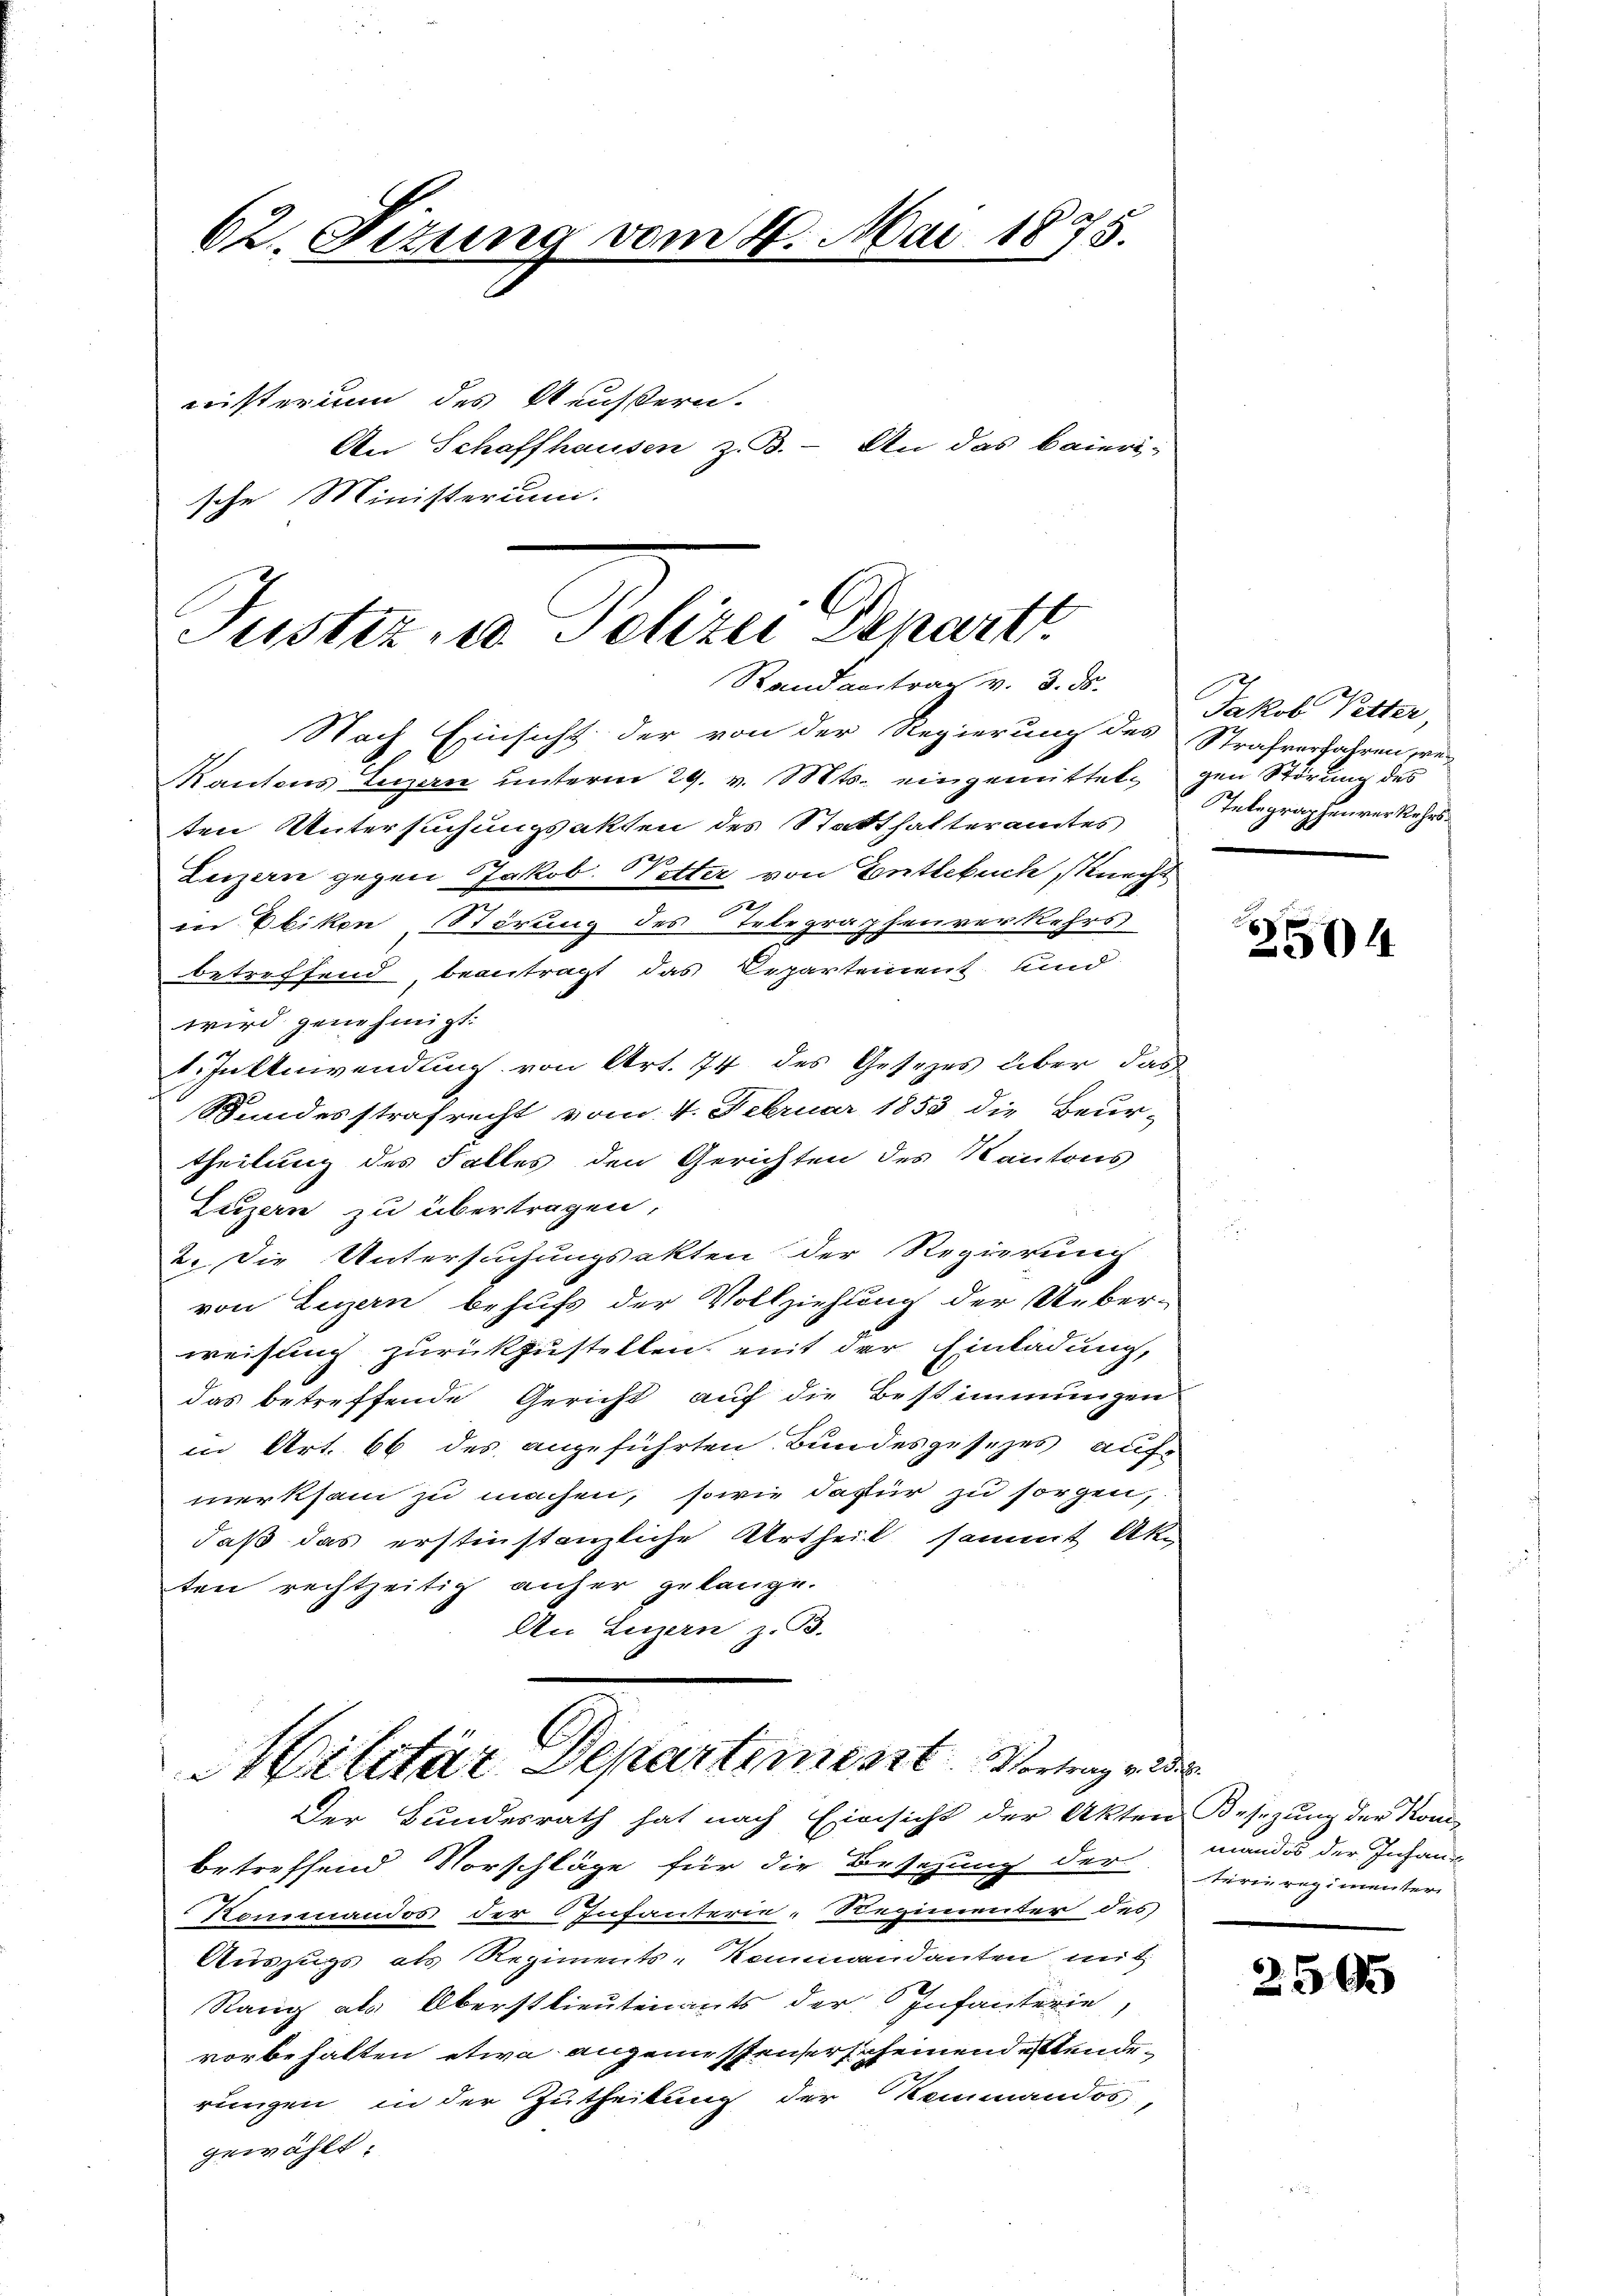
62. Sizung vom 4. Mai 1875.
wisterium des Aeußern.
An Schaffhausen z.B. - An das Baieri¬

sche Ministerium.

Jüster in Polizei Depart
Randantrag v. 3. ds. Jakob Vetter,

Nach Einsicht der von der Regierung des Strafverfahren re-
Kantons Luzern unterm 29. v. Mts. eingemittel gen Störung des
ten Untersuchungsakten des Statthalteramtes
Luzern gegen Jakob. Vetter von Entlebuch, Knechs
in Ebikon Störung des Telegraphenverkehrs
betreffend beantragt das Departement und
wird genehmigt.
1. Juliniendung von Art. 74 des Gesezes über das
Bundesstrafrecht vom 4. Februar 1853 die Beur-
theilung des Falles den Gerichten des Kantons
Luzern zu übertragen,
2. Die Untersuchungsakten der Regierung
von Luzern behufs der Vollziehung der Ueberweisung zurückzustellen, mit der Einladung,
das betreffende Gericht auf die Bestimmungen
in Art. 66 des angeführten Bundesgesezes auf-
merksam zu machen, sowie dafür zu sorgen,
daß das erstinstanzliche Urtheil sammt Akten rechtzeitig anher gelange.
An Luzern z. B.

Militar Departement Vertrage der
Der Bundesrath hat nach Einsicht der Akten Besezung der Kom¬

betreffend Vorschläge für die Besetzung der
Rommandos der Infanterie-Regimenter des
Auszugs als Regiments-Kommandanten mit
Rang als Oberstlieutenants der Infanterie,
vorbehalten etwa angenissener scheinend ebenderungen in der Zutheilung der Remmandos,
gewählt:

Telegraphenverkehrs¬

e
2504

mandos der Infang
terin regimenter

250